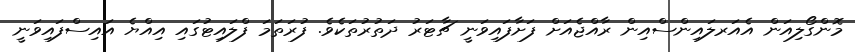
މޮންގޯލިއަން އެއަރލައިންސްއިން ރާއްޖެއަށް ފަށާފައިވަނީ ޗާޓަރު ދަތުރުތަކެވެ. ފުރަތަމަ ފްލައިޓުގައި އިއްޔެ އައިސްފައިވަނީ